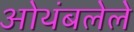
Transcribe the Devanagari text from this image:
ओथंबलेले